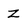
Character: Z